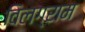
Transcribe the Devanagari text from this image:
विलग्राम